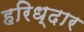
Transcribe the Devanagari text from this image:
हरिध्दार